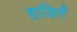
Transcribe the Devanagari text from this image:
हाडिर्गं